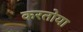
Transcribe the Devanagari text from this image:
करतोया